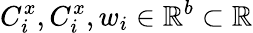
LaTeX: C_{i}^{x},C_{i}^{x},w_{i}\in\mathbb{R}^{b}\subset\mathbb{R}